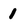
Character: 1